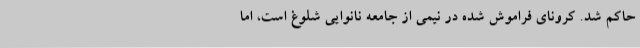
حاکم شد. کرونای فراموش شده در نیمی از جامعه نانوایی شلوغ است، اما